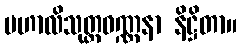
မဟာလိသုတ္တဝဏ္ဏနာ နိဋ္ဌိတာ။